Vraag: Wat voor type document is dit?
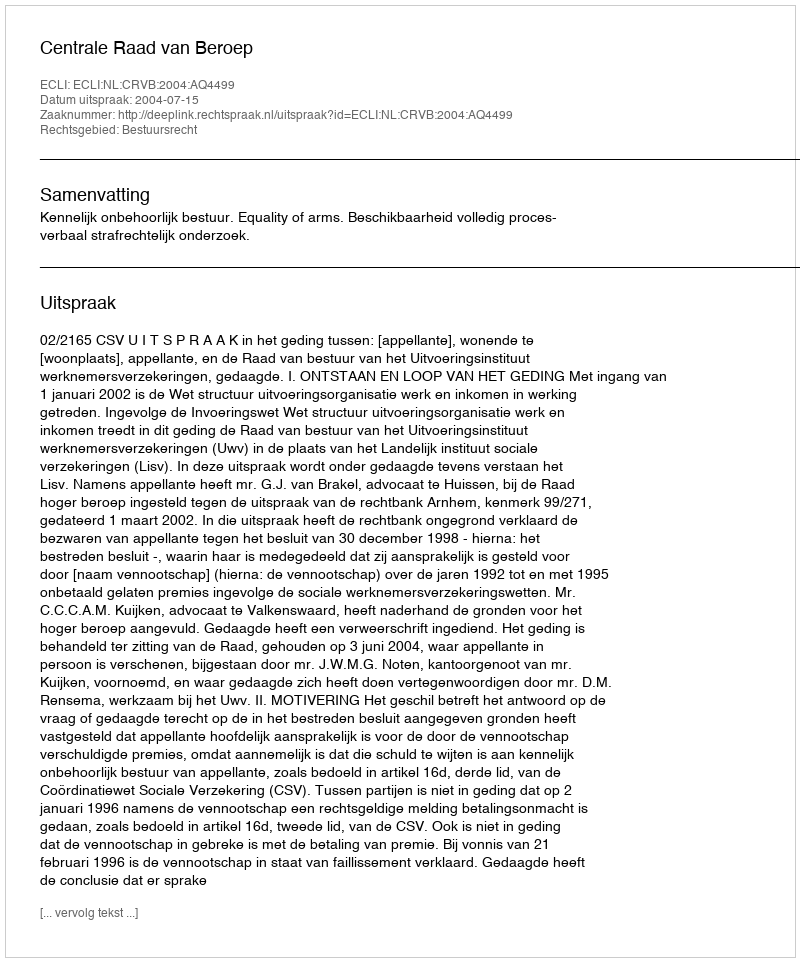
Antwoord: Uitspraak